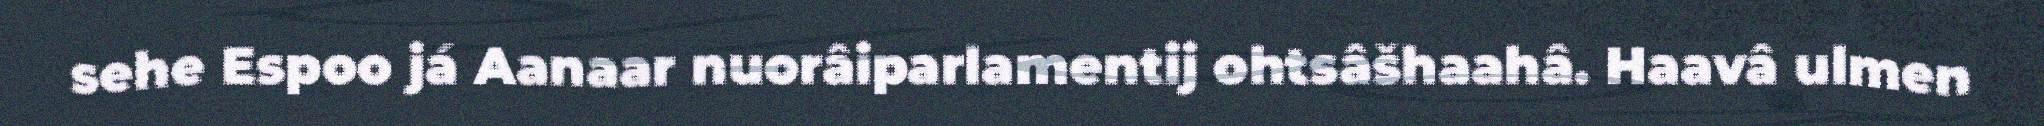
sehe Espoo já Aanaar nuorâiparlamentij ohtsâšhaahâ. Haavâ ulmen